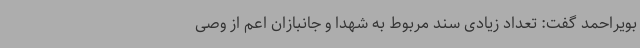
بویراحمد گفت: تعداد زیادی سند مربوط به شهدا و جانبازان اعم از وصی